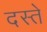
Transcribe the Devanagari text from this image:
दस्‍ते